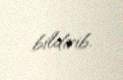
bildirib.